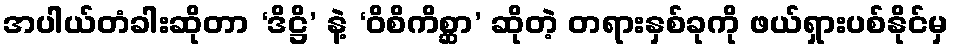
အပါယ်တံခါးဆိုတာ ‘ဒိဋ္ဌိ’ နဲ့ ‘ဝိစိကိစ္ဆာ’ ဆိုတဲ့ တရားနှစ်ခုကို ဖယ်ရှားပစ်နိုင်မှ